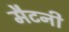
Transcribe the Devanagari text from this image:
मैटनी